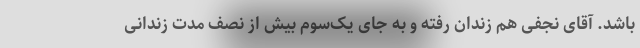
باشد. آقای نجفی هم زندان رفته و به جای یک‌سوم بیش از نصف مدت زندانی